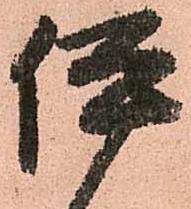
伊